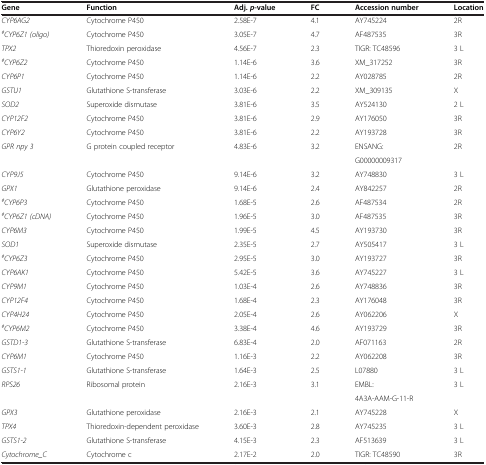
<table><thead><tr><td><b>Gene</b></td><td><b>Function</b></td><td><b>Adj. <i>p</i>-value</b></td><td><b>FC</b></td><td><b>Accession number</b></td><td><b>Location</b></td></tr></thead><tbody><tr><td><i>CYP6AG2</i></td><td>Cytochrome P450</td><td>2.58E-7</td><td>4.1</td><td>AY745224</td><td>2R</td></tr><tr><td><sup><i>#</i></sup><i>CYP6Z1 (oligo)</i></td><td>Cytochrome P450</td><td>3.05E-7</td><td>4.7</td><td>AF487535</td><td>3R</td></tr><tr><td><i>TPX2</i></td><td>Thioredoxin peroxidase</td><td>4.56E-7</td><td>2.3</td><td>TIGR: TC48596</td><td>3 L</td></tr><tr><td><sup><i>#</i></sup><i>CYP6Z2</i></td><td>Cytochrome P450</td><td>1.14E-6</td><td>3.6</td><td>XM_317252</td><td>3R</td></tr><tr><td><i>CYP6P1</i></td><td>Cytochrome P450</td><td>1.14E-6</td><td>2.2</td><td>AY028785</td><td>2R</td></tr><tr><td><i>GSTU1</i></td><td>Glutathione S-transferase</td><td>3.03E-6</td><td>2.2</td><td>XM_309135</td><td>X</td></tr><tr><td><i>SOD2</i></td><td>Superoxide dismutase</td><td>3.81E-6</td><td>3.5</td><td>AY524130</td><td>2 L</td></tr><tr><td><i>CYP12F2</i></td><td>Cytochrome P450</td><td>3.81E-6</td><td>2.9</td><td>AY176050</td><td>3R</td></tr><tr><td><i>CYP6Y2</i></td><td>Cytochrome P450</td><td>3.81E-6</td><td>2.2</td><td>AY193728</td><td>3R</td></tr><tr><td rowspan="2"><i>GPR npy 3</i></td><td rowspan="2">G protein coupled receptor</td><td rowspan="2">4.83E-6</td><td rowspan="2">3.2</td><td>ENSANG:</td><td rowspan="2">2R</td></tr><tr><td>G00000009317</td></tr><tr><td><i>CYP9J5</i></td><td>Cytochrome P450</td><td>9.14E-6</td><td>3.2</td><td>AY748830</td><td>3 L</td></tr><tr><td><i>GPX1</i></td><td>Glutathione peroxidase</td><td>9.14E-6</td><td>2.4</td><td>AY842257</td><td>2R</td></tr><tr><td><sup><i>#</i></sup><i>CYP6P3</i></td><td>Cytochrome P450</td><td>1.68E-5</td><td>2.6</td><td>AF487534</td><td>2R</td></tr><tr><td><sup><i>#</i></sup><i>CYP6Z1 (cDNA)</i></td><td>Cytochrome P450</td><td>1.96E-5</td><td>3.0</td><td>AF487535</td><td>3R</td></tr><tr><td><i>CYP6M3</i></td><td>Cytochrome P450</td><td>1.99E-5</td><td>4.5</td><td>AY193730</td><td>3R</td></tr><tr><td><i>SOD1</i></td><td>Superoxide dismutase</td><td>2.35E-5</td><td>2.7</td><td>AY505417</td><td>3 L</td></tr><tr><td><sup><i>#</i></sup><i>CYP6Z3</i></td><td>Cytochrome P450</td><td>2.95E-5</td><td>3.0</td><td>AY193727</td><td>3R</td></tr><tr><td><i>CYP6AK1</i></td><td>Cytochrome P450</td><td>5.42E-5</td><td>3.6</td><td>AY745227</td><td>3 L</td></tr><tr><td><i>CYP9M1</i></td><td>Cytochrome P450</td><td>1.03E-4</td><td>2.6</td><td>AY748836</td><td>3R</td></tr><tr><td><i>CYP12F4</i></td><td>Cytochrome P450</td><td>1.68E-4</td><td>2.3</td><td>AY176048</td><td>3R</td></tr><tr><td><i>CYP4H24</i></td><td>Cytochrome P450</td><td>2.05E-4</td><td>2.6</td><td>AY062206</td><td>X</td></tr><tr><td><sup><i>#</i></sup><i>CYP6M2</i></td><td>Cytochrome P450</td><td>3.38E-4</td><td>4.6</td><td>AY193729</td><td>3R</td></tr><tr><td><i>GSTD1-3</i></td><td>Glutathione S-transferase</td><td>6.83E-4</td><td>2.0</td><td>AF071163</td><td>2R</td></tr><tr><td><i>CYP6M1</i></td><td>Cytochrome P450</td><td>1.16E-3</td><td>2.2</td><td>AY062208</td><td>3R</td></tr><tr><td><i>GSTS1-1</i></td><td>Glutathione S-transferase</td><td>1.64E-3</td><td>2.5</td><td>L07880</td><td>3 L</td></tr><tr><td rowspan="2"><i>RPS26</i></td><td rowspan="2">Ribosomal protein</td><td rowspan="2">2.16E-3</td><td rowspan="2">3.1</td><td>EMBL:</td><td rowspan="2">3 L</td></tr><tr><td>4A3A-AAM-G-11-R</td></tr><tr><td><i>GPX3</i></td><td>Glutathione peroxidase</td><td>2.16E-3</td><td>2.1</td><td>AY745228</td><td>X</td></tr><tr><td><i>TPX4</i></td><td>Thioredoxin-dependent peroxidase</td><td>3.60E-3</td><td>2.8</td><td>AY745235</td><td>3 L</td></tr><tr><td><i>GSTS1-2</i></td><td>Glutathione S-transferase</td><td>4.15E-3</td><td>2.3</td><td>AF513639</td><td>3 L</td></tr><tr><td><i>Cytochrome_C</i></td><td>Cytochrome c</td><td>2.17E-2</td><td>2.0</td><td>TIGR: TC48590</td><td>3R</td></tr></tbody></table>